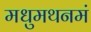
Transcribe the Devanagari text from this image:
मधुमथनमं